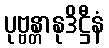
ပုဗ္ဗန္တာနုဒိဋ္ဌီနံ